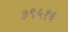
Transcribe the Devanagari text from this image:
३९५१६